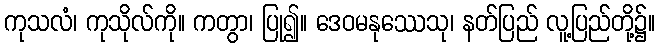
ကုသလံ၊ ကုသိုလ်ကို။ ကတွာ၊ ပြု၍။ ဒေဝမနုဿေသု၊ နတ်ပြည် လူ့ပြည်တို့၌။